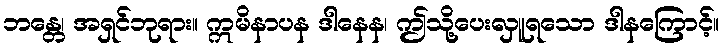
ဘန္တေ၊ အရှင်ဘုရား။ ဣမိနာပန ဒါနေန၊ ဤသို့ပေးလှူရသော ဒါနကြောင့်။